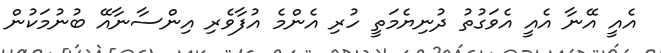
އެއީ އޭނާ އެއީ އެވަގުތު ދުނިޔެމަތީ ހުރި އެންމެ އުފާވެރި އިންސާނާއޭ ބުނުމަކުން